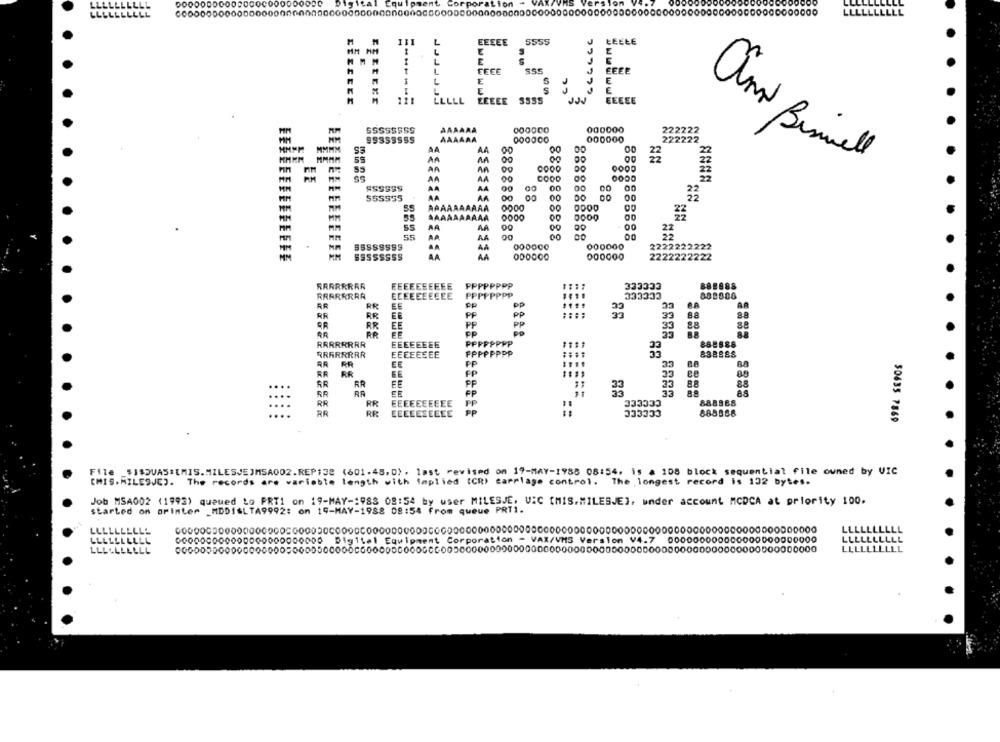
CE
-----.
MILESJE
55555555
AAAAAA
0000CO
000000
222222
EE
222222
MMMM
00
00
22
22
MMMM
00
22
PIM
GOOD
22
ani Bismill
EE
COOD
00
ASSSSS
00
00
22
SSSSSS
00
00
00
MM
MM
0000
55
AA
AA
00
00
AA
888
00
00
000000
2222222222
AA
SSSSSSSS
AA
AA
2222222222
RRRRRRRR
EEEEEEEEEE
PPPPPPPP
882988
RRRRRRRA
EEEEEEEEEE
PPPPPPPP
333332
RR
EE
PP
PP
P.A
AR
RR
RR
EF
PP
PP
8.8
BR
EE
PP
PP
33
8.8
88
BR
PP
8.8
RRRRRRRR
EEEEEEEE
PPPPPPPP
862888
RRRRRRRR
EEEEEEEE
FPPPPPPP
33
BSBBES
AR
PP
33
RR
RR
88
RR
FE
PP
====
33
56
RR
EE
PP
33
88
EE
FP
33
es
RR
::::
EEEEEEEEEE
PP
333333
888888
RR
RR
EEEEEEEEEE
PP
= =
333333
888856
50635 7869
File _$ISSUAS:[MIS.MILESJEJMSA002.REP:32 (601.48,0) , last revised on 19-MAY-1988 08:54. is a 108 block sequential file owned by VIC
CHIS. MILESJEJ. The records are variable length with implied (CR) carriage control. The longest record is 152 bytes.
Job MSA002 (1993) queued Lo PRT1 on 19-MAY-1983 08:54 by user MILESJE, UIC [MIS.MILESJE]. under account MCDCA at priority 100.
started on orinter _MDDISLTA9992: on 19-MAY-1988 08:54 from queue PRT1.
LLLLLLLLLY
LLLLLI
.LLLL
LLLLLLLLLL
000000000000000000000000 Digital Equipment Corporation - VAI/VMS Version V4.7 000000000000000000000000
LLLLLLLLLL
LLLLLLLLLL
0000000000000000005000000000000000000000GCC0050000000000000000000000000000000000000000000000000000000000
LLLLLLLLLL